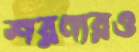
শরণ্যরও